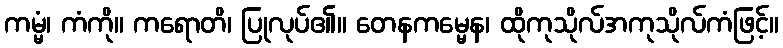
ကမ္မံ၊ ကံကို။ ကရောတိ၊ ပြုလုပ်၏။ တေနကမ္မေန၊ ထိုကုသိုလ်အကုသိုလ်ကံဖြင့်။